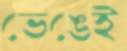
ভেঙেই